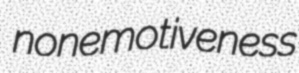
nonemotiveness